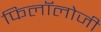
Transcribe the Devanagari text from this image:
फिलॉलोजी